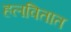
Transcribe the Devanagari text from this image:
हलवितात